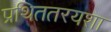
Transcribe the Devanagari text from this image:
प्रथिततरयशा